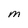
Character: M